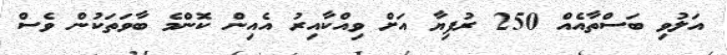
އަލުވި ބަސްތާއެއް 250 ރުފިޔާ އަށް ވިއްކާއިރު އެއިން ކޮންމެ ބާވަތަކުން ވެސް